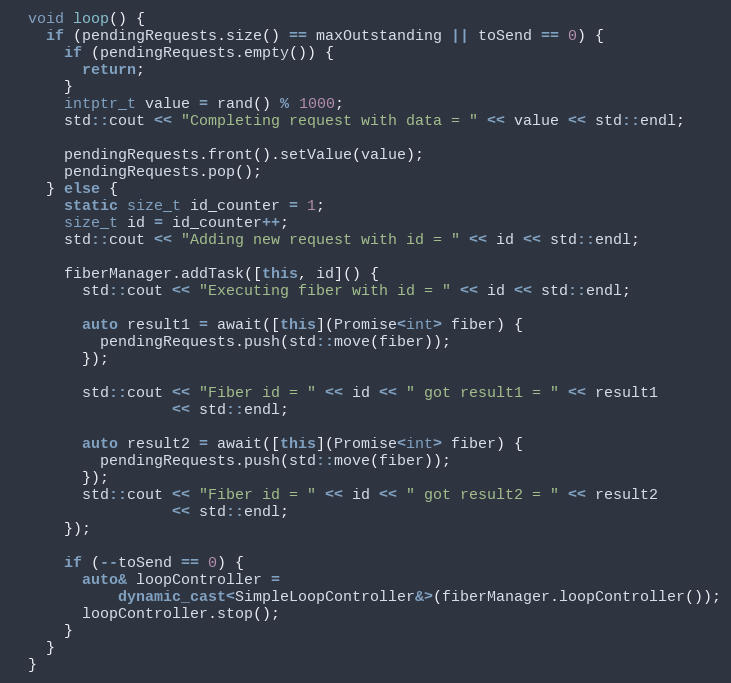
Language: C++
  void loop() {
    if (pendingRequests.size() == maxOutstanding || toSend == 0) {
      if (pendingRequests.empty()) {
        return;
      }
      intptr_t value = rand() % 1000;
      std::cout << "Completing request with data = " << value << std::endl;

      pendingRequests.front().setValue(value);
      pendingRequests.pop();
    } else {
      static size_t id_counter = 1;
      size_t id = id_counter++;
      std::cout << "Adding new request with id = " << id << std::endl;

      fiberManager.addTask([this, id]() {
        std::cout << "Executing fiber with id = " << id << std::endl;

        auto result1 = await([this](Promise<int> fiber) {
          pendingRequests.push(std::move(fiber));
        });

        std::cout << "Fiber id = " << id << " got result1 = " << result1
                  << std::endl;

        auto result2 = await([this](Promise<int> fiber) {
          pendingRequests.push(std::move(fiber));
        });
        std::cout << "Fiber id = " << id << " got result2 = " << result2
                  << std::endl;
      });

      if (--toSend == 0) {
        auto& loopController =
            dynamic_cast<SimpleLoopController&>(fiberManager.loopController());
        loopController.stop();
      }
    }
  }